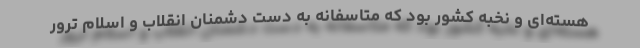
هسته‌ای و نخبه کشور بود که متاسفانه به دست دشمنان انقلاب و اسلام ترور